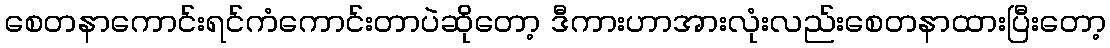
စေတနာကောင်းရင်ကံကောင်းတာပဲဆိုတော့ ဒီကားဟာအားလုံးလည်းစေတနာထားပြီးတော့